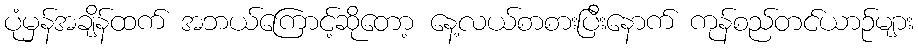
ပုံမှန်အချိန်ထက် အဘယ်ကြောင့်ဆိုတော့ နေ့လယ်စာစားပြီးနောက် ကုန်စည်တင်ယာဉ်များ